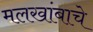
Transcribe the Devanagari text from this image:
मलखांबाचे